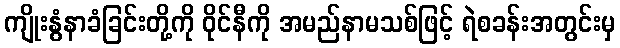
ကျိုးနွံနာခံခြင်းတို့ကို ဝိုင်နီကို အမည်နာမသစ်ဖြင့် ရဲစခန်းအတွင်းမှ